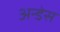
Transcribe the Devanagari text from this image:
अन्डेस